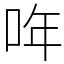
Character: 哖